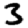
Digit: 3